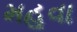
મહૂવા